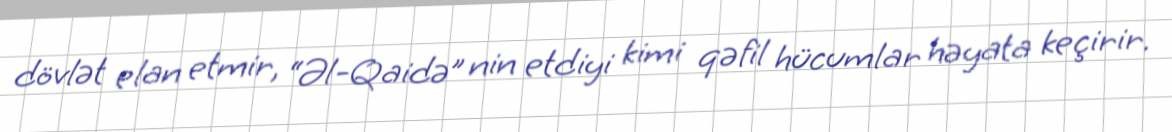
dövlət elan etmir, “Əl-Qaidə” nin etdiyi kimi qəfil hücumlar həyata keçirir.